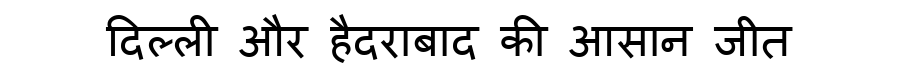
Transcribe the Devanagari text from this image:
दिल्ली और हैदराबाद की आसान जीत